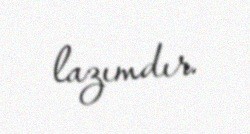
lazımdır.